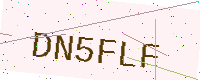
Text: DN5FLF